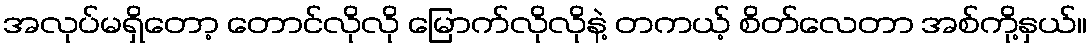
အလုပ်မရှိတော့ တောင်လိုလို မြောက်လိုလိုနဲ့ တကယ့် စိတ်လေတာ အစ်ကို့နှယ်။